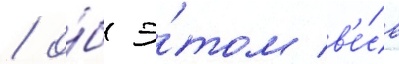
/ о́б э́том в'е́сь